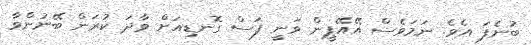
ބުނެފަ އެވެ. ނަމަވެސް އޭއޭޕީން ވަނީ ފަސް ގޮނޑިއަށް ވާދަ ކުރަން ބޭނުންވާ